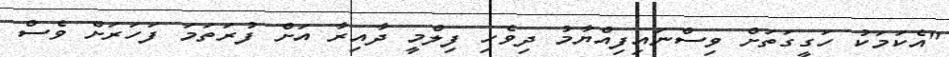
"އެކަމަކު ހަގީގަތަށް ވިސްނައިފިއްޔާމު ދިވެހި ފިލްމީ ދާއިރާ އަށް ފުރަތަމަ ފަހަރަށް ވެސް